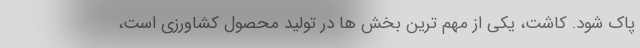
پاک شود. کاشت، یکی از مهم ترین بخش ها در تولید محصول کشاورزی است،